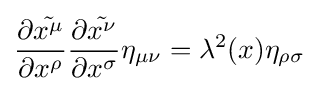
{\frac {\partial {\tilde {x^{\mu }}}}{\partial x^{\rho }}}{\frac {\partial {\tilde {x^{\nu }}}}{\partial x^{\sigma }}}\eta _{\mu \nu }=\lambda ^{2}(x)\eta _{\rho \sigma }